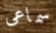
سماعى